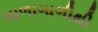
ગાળાગાળીથી